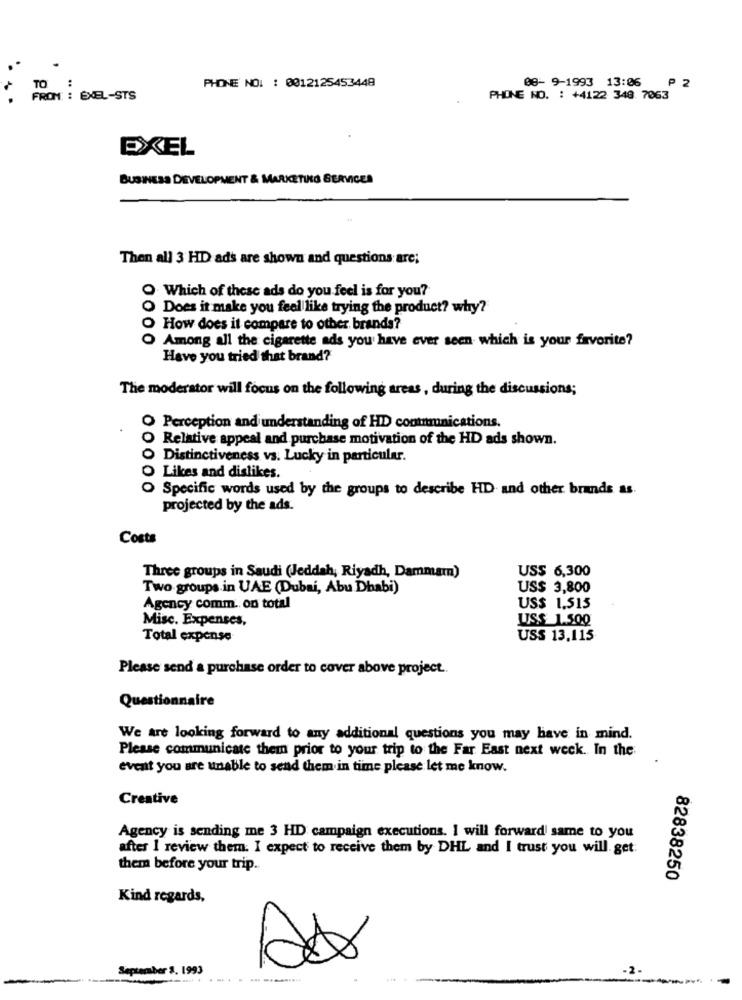
08- 9-1993 13:06
P 2
PHONE NO. : 0012125453448
FROM : EXEL-STS
PHONE NO. : +4122 348 7063
EXEL
BUSINESS DEVELOPMENT & MARKETING SERVICES
Then all 3 HD ads are shown and questions are;
O Which of these ads do you feel is for you?
O Does it make you feel like trying the product? why?
O How does it compare to other brands?
O Among all the cigarette ads you have ever seen which is your favorite?
0000
Have you tried that brand?
The moderator will focus on the following areas, during the discussions;
O Perception and understanding of HDD connmunications.
O Relative appeal and purchase motivation of the HD ads shown.
O Distinctiveness vs. Lucky in particular.
O Likes and dislikes.
O Specific words used by the groups to describe HD and other brands as.
00000
projected by the ads.
Costs
Three groups in Saudi (Jeddah, Riyadh, Dammam)
US$ 6,300
Two groups.in UAE (Dubai, Abu Dhabi)
US$ 3,800
Agency comm .. on total
US$ 1,515
Misc. Expenses,
US$ 1.500
Total expense
USS 13,115
Please send a purchase order to cover above project ..
Questionnaire
We are looking forward to any additional questions you may have in mind.
Please communicate them prior to your trip to the Far East next week. In the
event you are unable to send them in time please let me know.
Creative
Agency is sending me 3 HD campaign executions. I will forward same to you
after I review them. I expect to receive them by DHL and I trust you will. get:
them before your trip.
82838250
Kind regards,
September 3. 1993
.-------.....